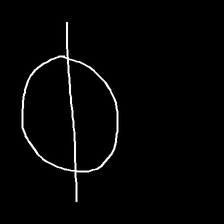
Glyph: orb